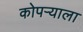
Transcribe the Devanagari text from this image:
कोपऱ्याला